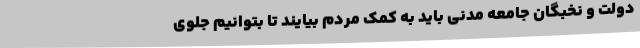
دولت و نخبگان جامعه مدنی باید به کمک مردم بیایند تا بتوانیم جلوی